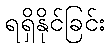
ရရှိနိုင်ခြင်း